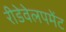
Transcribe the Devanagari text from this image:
रीडेवेलपमेंट